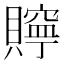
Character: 𧸎